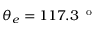
\theta _ { e } = 1 1 7 . 3 \, ^ { \mathrm { ~ o ~ } }